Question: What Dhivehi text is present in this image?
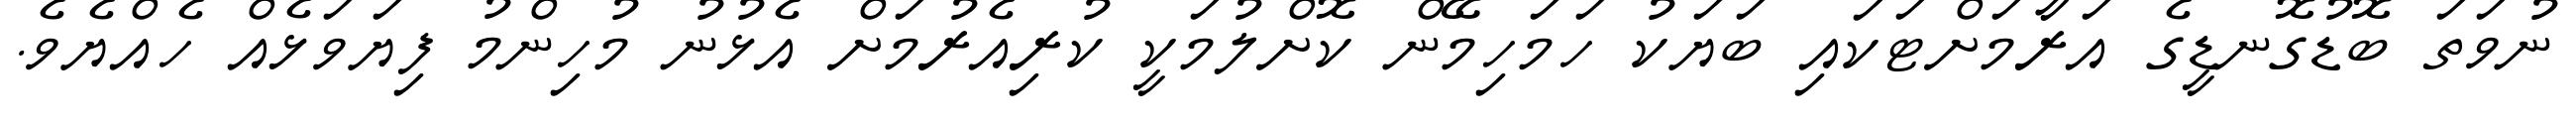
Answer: ނުވަތަ ބޮޑުގޮނޑީގެ އަރާމަށްޓަކައި ބަޔަކު ހަމަހިމޭން ކޮށްލުމަކީ ކުރިއެރުމަށް އެޅުނު މުހިންމު ފިޔަވަޅެއް ހެއްޔެވެ.